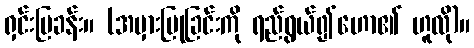
ရှင်းပြခန်း။ (အမှားပြုခြင်းကို ရည်ရွယ်၍ဟော၏ ဟူလို)။